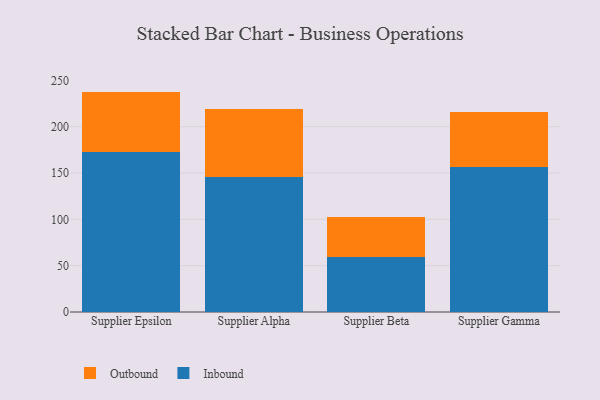
{"axis": {"x": "Supplier", "y": "Backlog"}, "legend": ["Inbound", "Outbound"], "data": [{"x": "Supplier Epsilon", "y": 172.6, "type": "Inbound"}, {"x": "Supplier Epsilon", "y": 65.3, "type": "Outbound"}, {"x": "Supplier Alpha", "y": 145.4, "type": "Inbound"}, {"x": "Supplier Alpha", "y": 74.1, "type": "Outbound"}, {"x": "Supplier Beta", "y": 59.6, "type": "Inbound"}, {"x": "Supplier Beta", "y": 43.1, "type": "Outbound"}, {"x": "Supplier Gamma", "y": 156.4, "type": "Inbound"}, {"x": "Supplier Gamma", "y": 59.0, "type": "Outbound"}]}